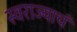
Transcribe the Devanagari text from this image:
स्वराज्याचं